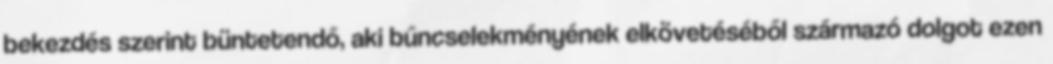
bekezdés szerint büntetendő, aki bűncselekményének elkövetéséből származó dolgot ezen